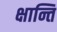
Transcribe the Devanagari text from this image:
क्षान्ति